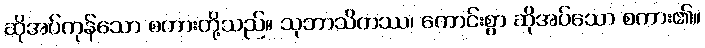
ဆိုအပ်ကုန်သော စကားတို့သည်။ သုဘာသိတဿ၊ ကောင်းစွာ ဆိုအပ်သော စကား၏။